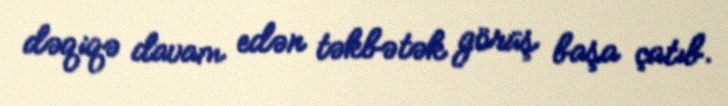
dəqiqə davam edən təkbətək görüş başa çatıb.